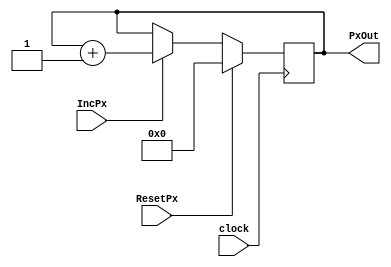
module Pixel_Counter(PxOut,clock, ResetPx, IncPx);

/*
   inputs:   
   ResetPx: Signal for Reseting the output of pixel counter.
   IncPx: Signal for incrementing the pixel counter.
   clock: For synchronizing the module with the input clock
*/
input clock,ResetPx,IncPx;
output reg[3:0] PxOut;

/*
   Initializing PixelOut to zero
*/
initial
begin
	PxOut = 4'b0000;
end

/*
  Validating the PxOut values when ResetPx or IncPx goes high.
  Expected behavior: 
  ResetPx = 1: PxOut is set to zero;
  IncPx = 1: PxOut is incremented by one.
*/
always @(posedge clock)
begin
	if(ResetPx) PxOut <= 4'b0000;
	else if(IncPx) PxOut <= PxOut+4'b0001;
end
endmodule